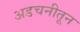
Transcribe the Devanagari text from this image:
अडचनीतून